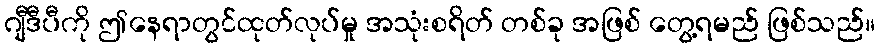
ဂျီဒီပီကို ဤနေရာတွင်ထုတ်လုပ်မှု အသုံးစရိတ် တစ်ခု အဖြစ် တွေ့ရမည် ဖြစ်သည်။